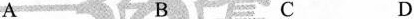
A B C D